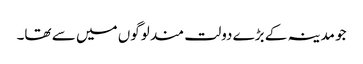
جو مدینہ کے بڑے دولت مند لوگوں میں سے تھا۔